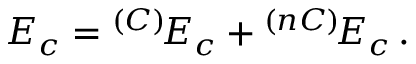
E _ { c } = { } ^ { ( C ) } \! E _ { c } + { } ^ { ( n C ) } \! E _ { c } \, .